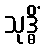
သုဒ္ဓိံ